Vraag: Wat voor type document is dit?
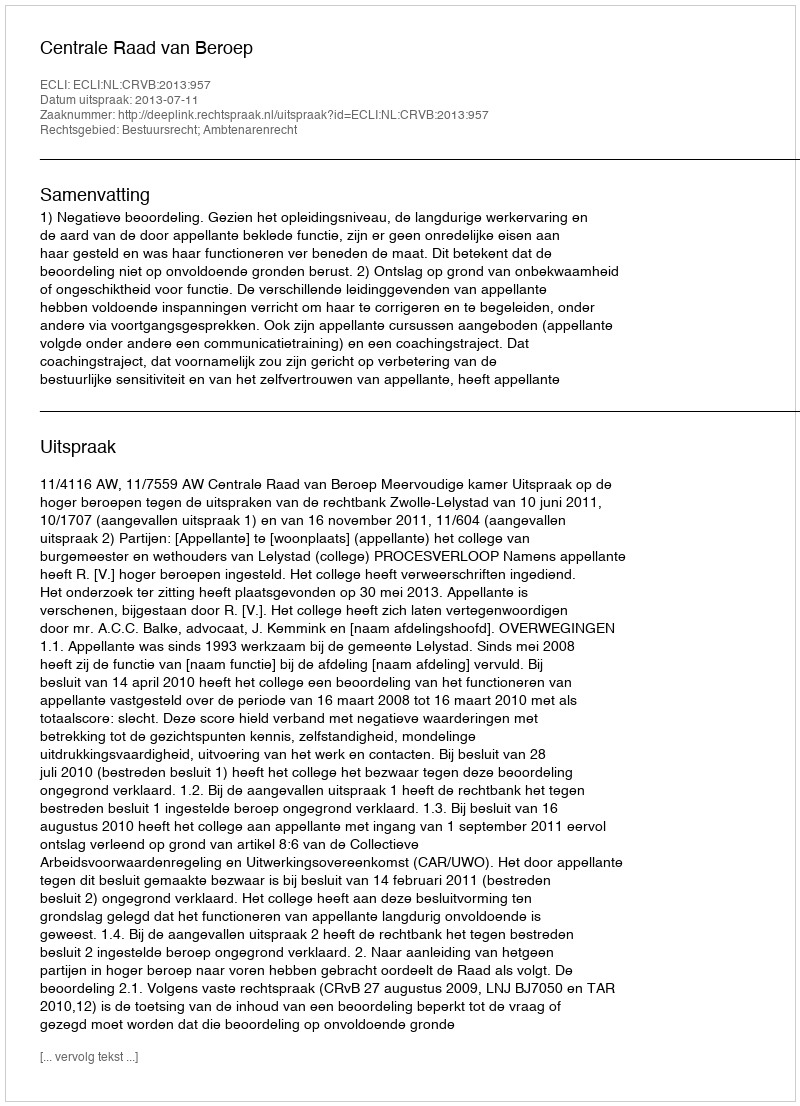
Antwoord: Uitspraak